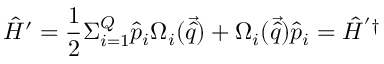
\hat { H } ^ { \prime } = \frac { 1 } { 2 } \Sigma _ { i = 1 } ^ { Q } \hat { p } _ { i } \Omega _ { i } ( \vec { \hat { q } } ) + \Omega _ { i } ( \vec { \hat { q } } ) \hat { p } _ { i } = \hat { H } ^ { ' \dagger }